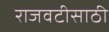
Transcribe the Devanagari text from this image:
राजवटीसाठी